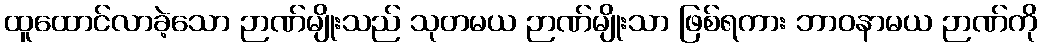
ထူထောင်လာခဲ့သော ဉာဏ်မျိုးသည် သုတမယ ဉာဏ်မျိုးသာ ဖြစ်ရကား ဘာဝနာမယ ဉာဏ်ကို